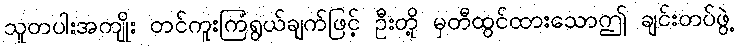
သူတပါးအကျိုး တင်ကူးကြံရွယ်ချက်ဖြင့် ဦးတို့ မှတီထွင်ထားသောဤ ချင်းတပ်ဖွဲ့